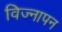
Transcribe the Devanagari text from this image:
विज्नापन